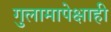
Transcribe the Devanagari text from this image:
गुलामापेक्षाही